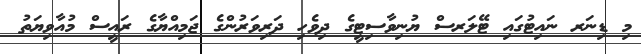
މި ޑިނަރ ނައިޓުގައި ޓޭލަރސް ޔުނިވާސިޓީގެ ދިވެހި ދަރިވަރުންގެ ޖަމިއްޔާގެ ރައީސް މުއާވިޔަތު